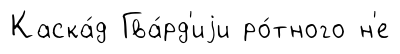
Каска́д Гва́рд'иjи ро́тного н'е